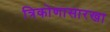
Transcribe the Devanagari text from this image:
त्रिकोणासारखा